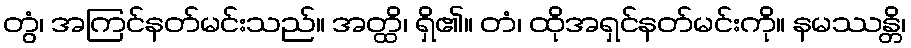
တွံ၊ အကြင်နတ်မင်းသည်။ အတ္ထိ၊ ရှိ၏။ တံ၊ ထိုအရှင်နတ်မင်းကို။ နမဿန္တိ၊